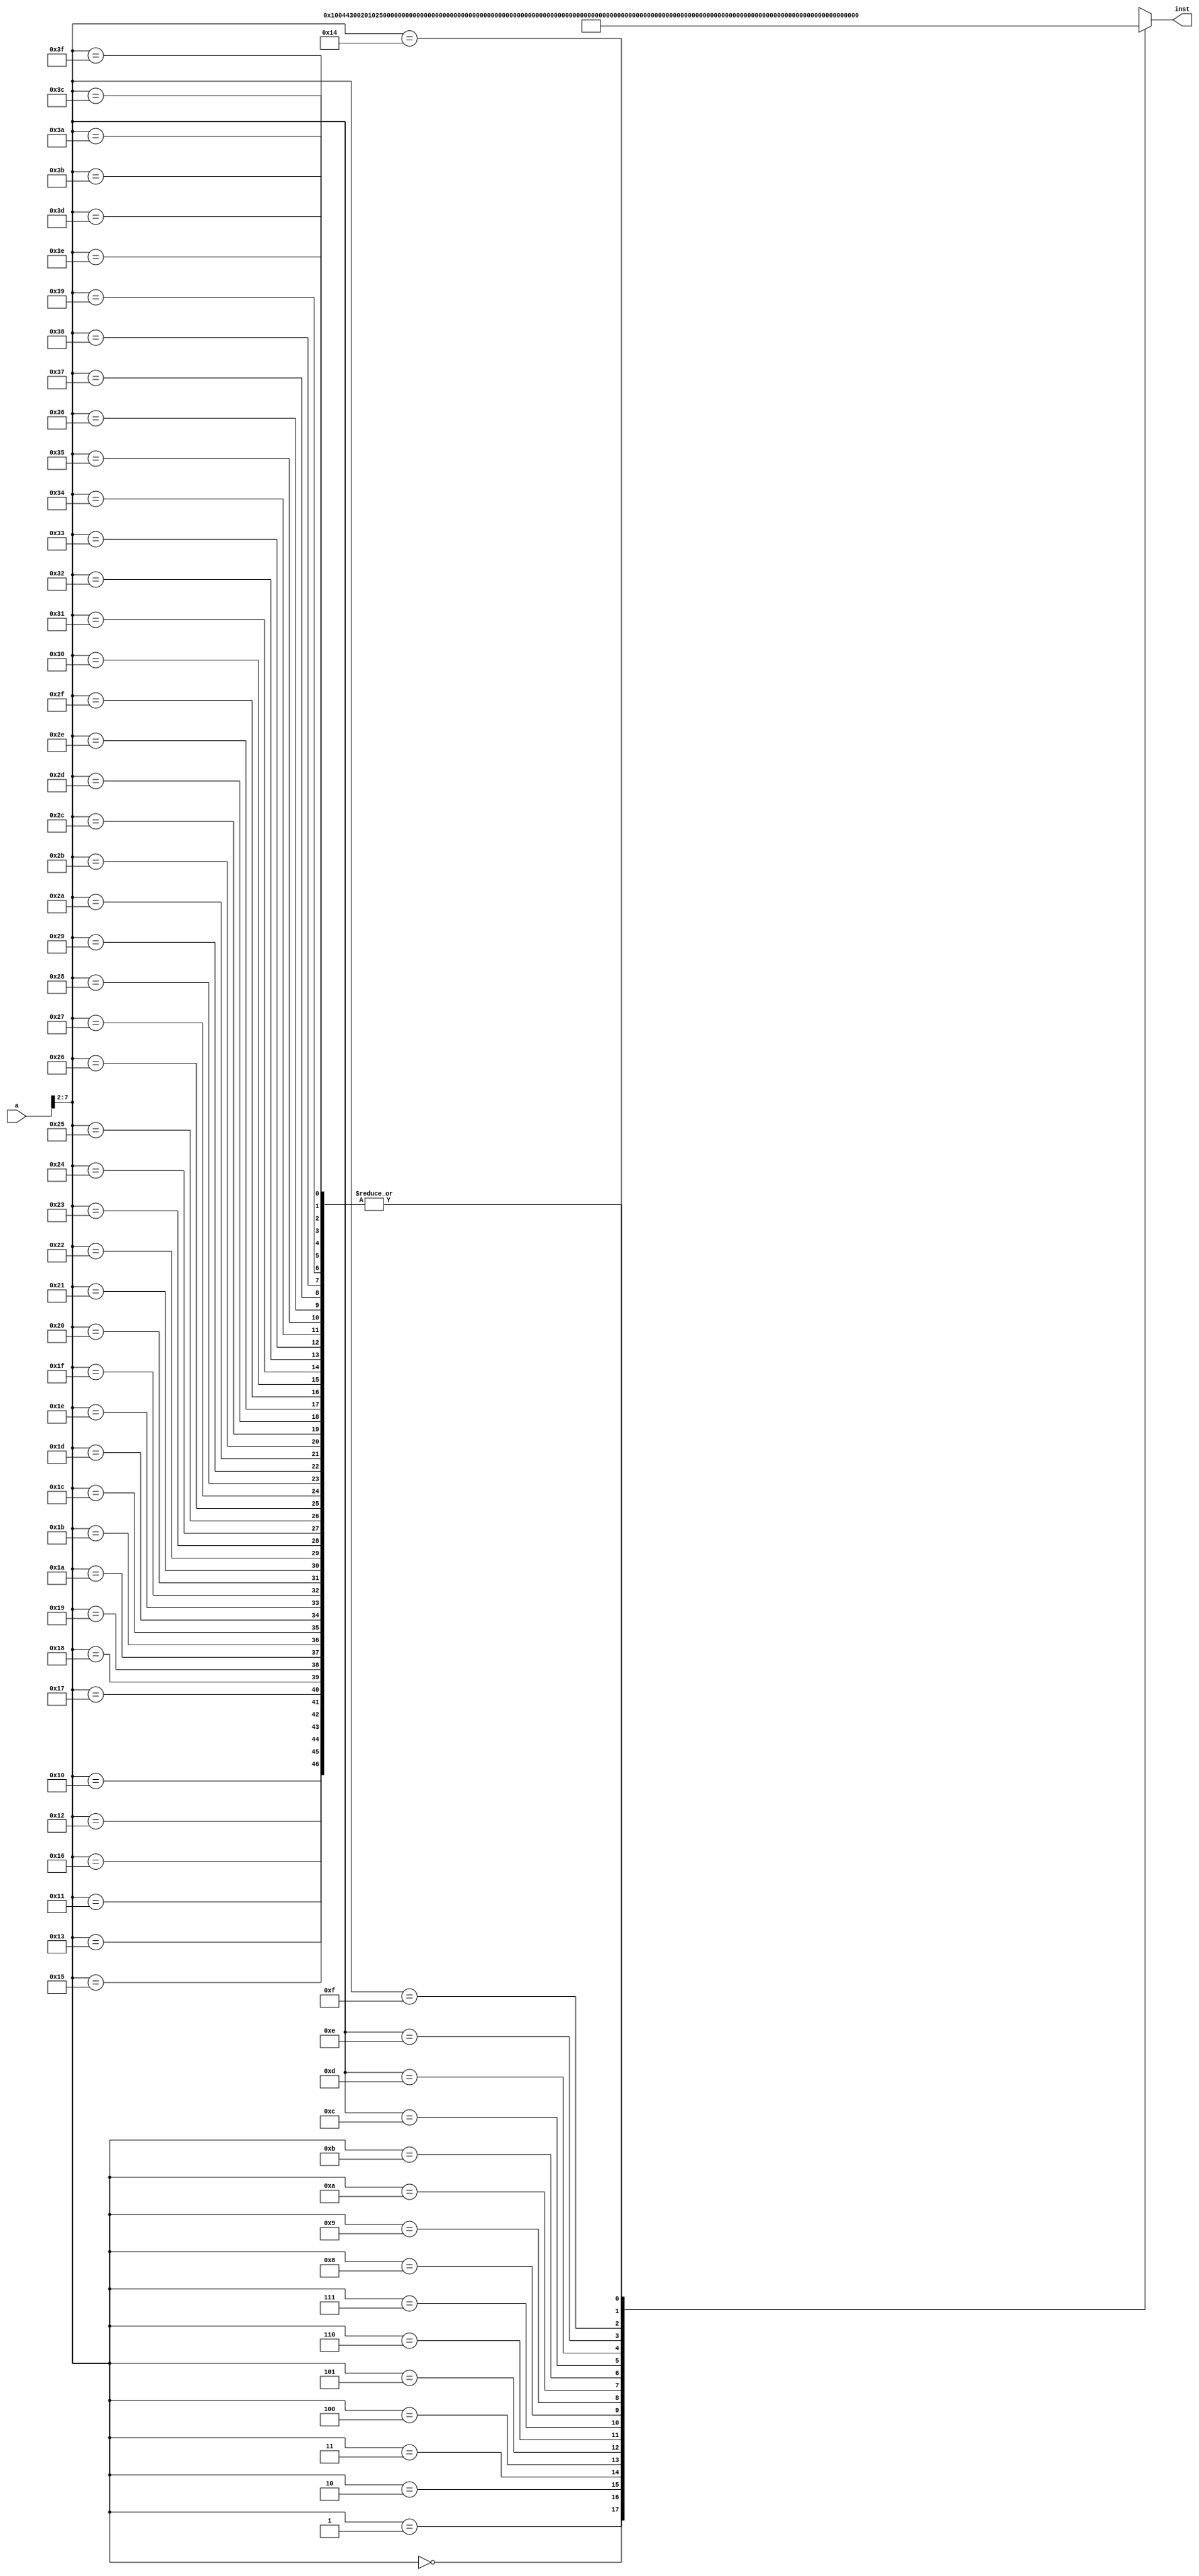
`timescale 1ns / 1ps
//////////////////////////////////////////////////////////////////////////////////
// Company: 
// Engineer: 
// 
// Design Name: 
// Module Name:    IP_ROM 
// Project Name: 
// Target Devices: 
// Tool versions: 
// Description: 
//
// Dependencies: 
//
// Revision: 
// Revision 0.01 - File Created
// Additional Comments: 
//
//////////////////////////////////////////////////////////////////////////////////
module IP_ROM(a,inst
    );
	 input [31:0] a;
	 output [31:0] inst;
	 wire [31:0] rom [0:63];
//	 assign rom[6'h00]=32'h44000001;//lui r1,0
//	 assign rom[6'h01]=32'h28014024;//ori r4,r1,80
//	 assign rom[6'h02]=32'h00202124;//sub r8,r9,r4
//	 assign rom[6'h03]=32'h14001005;//addi r5,r0,4
//	 assign rom[6'h04]=32'h38000082;//store r2,0x0(r4)
//	 assign rom[6'h05]=32'h34000089;//load r9,0x0(r4)
	 
	 assign rom[6'h00]=32'h00100443;//add r1,r2,r3
	 assign rom[6'h01]=32'h00201025;//sub r4,r1,r5
	 assign rom[6'h02]=32'h04101881;//and r6,r4,r1
	 assign rom[6'h03]=32'h04202021;//or r8,r1,r1
	 assign rom[6'h04]=32'h380041A8;//store r8,16(r13)
	 assign rom[6'h05]=32'h34019DAA;//load r10,103(r13)
	 assign rom[6'h06]=32'h00102C6A;//add r11,r3,r10
	 //assign rom[6'h06]=32'h00102E2A;//add r11,r17,r10
	 //assign rom[6'h07]=32'h43FFE2F6;//bne r23,r22,-8
	 assign rom[6'h07]=32'h43FFE2D6;//bne r22,r22,-8
	 assign rom[6'h08]=32'h00107821;//add r30,r1,r1
	 //assign rom[6'h09]=32'h14001019;//addi r25,r0,4
	 assign rom[6'h09]=32'h14005819;//addi r25,r0,22
	 //assign rom[6'h0A]=32'h40000EF6;//bne r23,r22,3
	 assign rom[6'h0A]=32'h40000F36;//bne r25,r22,3
	 assign rom[6'h0B]=32'h00107421;//add r29,r1,r1
	 assign rom[6'h0C]=32'h400006F6;//bne r23,r22,1
	 assign rom[6'h0D]=32'h04403D8C;//xor r15,r12,r12
	 assign rom[6'h0E]=32'h48000014;//j 20 ---14H
	 assign rom[6'h0F]=32'h00104863;//add r18,r3,r3
	 assign rom[6'h10]=32'h00000000;
	 assign rom[6'h11]=32'h00000000;
	 assign rom[6'h12]=32'h00000000;
	 assign rom[6'h13]=32'h00000000;
	 assign rom[6'h14]=32'h00103863;//add r14,r3,r3
	 assign rom[6'h15]=32'h00000000;
	 assign rom[6'h16]=32'h00000000;
	 assign rom[6'h17]=32'h00000000;
	 assign rom[6'h18]=32'h00000000;
	 assign rom[6'h19]=32'h00000000;
	 assign rom[6'h1A]=32'h00000000;
	 assign rom[6'h1B]=32'h00000000;
	 assign rom[6'h1C]=32'h00000000;
	 assign rom[6'h1D]=32'h00000000;
	 assign rom[6'h1E]=32'h00000000;
	 assign rom[6'h1F]=32'h00000000;
	 assign rom[6'h20]=32'h00000000;
	 assign rom[6'h21]=32'h00000000;
	 assign rom[6'h22]=32'h00000000;
	 
	 assign rom[6'h23]=32'h00000000;
	 assign rom[6'h24]=32'h00000000;
	 assign rom[6'h25]=32'h00000000;
	 assign rom[6'h26]=32'h00000000;
	 assign rom[6'h27]=32'h00000000;
	 assign rom[6'h28]=32'h00000000;
	 assign rom[6'h29]=32'h00000000;
	 assign rom[6'h2A]=32'h00000000;
	 assign rom[6'h2B]=32'h00000000;
	 assign rom[6'h2C]=32'h00000000;
	 assign rom[6'h2D]=32'h00000000;
	 assign rom[6'h2E]=32'h00000000;
	 assign rom[6'h2F]=32'h00000000;
	 assign rom[6'h30]=32'h00000000;
	 assign rom[6'h31]=32'h00000000;
	 assign rom[6'h32]=32'h00000000;
	 assign rom[6'h33]=32'h00000000;
	 assign rom[6'h34]=32'h00000000;
	 assign rom[6'h35]=32'h00000000;
	 assign rom[6'h36]=32'h00000000;
	 assign rom[6'h37]=32'h00000000;
	 assign rom[6'h38]=32'h00000000;
	 assign rom[6'h39]=32'h00000000;
	 assign rom[6'h3A]=32'h00000000;
	 assign rom[6'h3B]=32'h00000000;
	 assign rom[6'h3C]=32'h00000000;
	 assign rom[6'h3D]=32'h00000000;
	 assign rom[6'h3E]=32'h00000000;
	 assign rom[6'h3F]=32'h00000000;
	 
	 assign inst=rom[a[7:2]];
endmodule